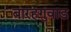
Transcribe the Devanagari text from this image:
बारहगुवाड